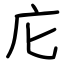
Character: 庀